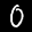
Label: 0